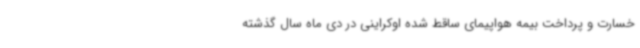
خسارت و پرداخت بیمه هواپیمای ساقط شده اوکراینی در دی ماه سال گذشته